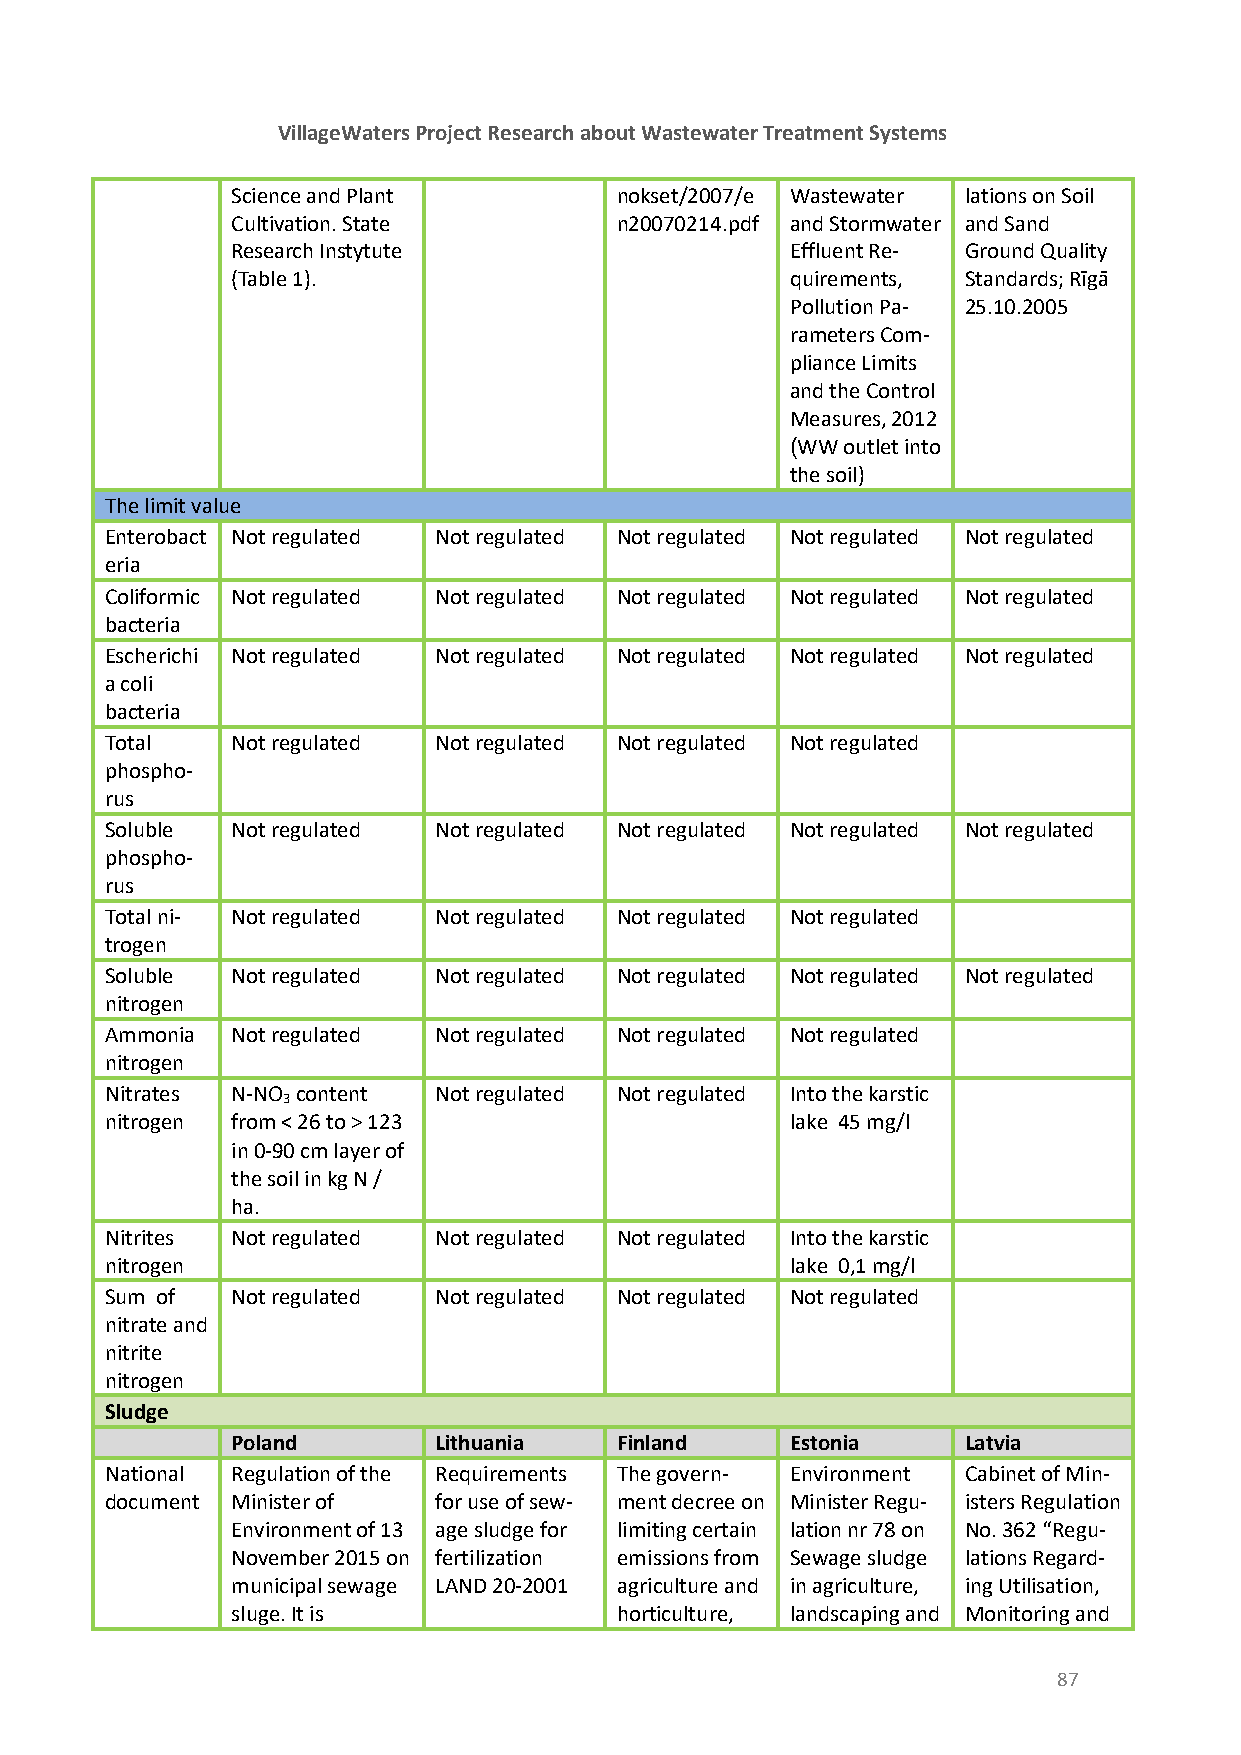
VillageWaters Project Research about Wastewater Treatment Systems
 Science and Plant         nokset/2007/e Wastewater lations on Soil
 Cultivation. State        n20070214.pdf and Stormwater and Sand
 Research Instytute                   Effluent Re- Ground Quality
 (Table 1).                           quirements, Standards; Rīgā
 Pollution Pa- 25.10.2005
 rameters Com-
 pliance Limits
 and the Control
 Measures, 2012
 (WW outlet into
 the soil)
 The limit value
 Enterobact Not regulated Not regulated Not regulated Not regulated Not regulated
 eria
 Coliformic Not regulated Not regulated Not regulated Not regulated Not regulated
 bacteria
 Escherichi Not regulated Not regulated Not regulated Not regulated Not regulated
 a coli
 bacteria
 Total   Not regulated Not regulated Not regulated Not regulated
 phospho-
 rus
 Soluble Not regulated Not regulated Not regulated Not regulated Not regulated
 phospho-
 rus
 Total ni- Not regulated Not regulated Not regulated Not regulated
 trogen
 Soluble Not regulated Not regulated Not regulated Not regulated Not regulated
 nitrogen
 Ammonia Not regulated Not regulated Not regulated Not regulated
 nitrogen
 Nitrates N-NO content Not regulated Not regulated Into the karstic
 3
 nitrogen from < 26 to > 123                  lake 45 mg/l
 in 0-90 cm layer of
 the soil in kg N /
 ha.
 Nitrites Not regulated Not regulated Not regulated Into the karstic
 nitrogen                                     lake 0,1 mg/l
 Sum of  Not regulated Not regulated Not regulated Not regulated
 nitrate and
 nitrite
 nitrogen
 Sludge
 Poland        Lithuania   Finland    Estonia     Latvia
 National Regulation of the Requirements The govern- Environment Cabinet of Min-
 document Minister of  for use of sew- ment decree on Minister Regu- isters Regulation
 Environment of 13 age sludge for limiting certain lation nr 78 on No. 362 “Regu-
 November 2015 on fertilization emissions from Sewage sludge lations Regard-
 municipal sewage LAND 20-2001 agriculture and in agriculture, ing Utilisation,
 sluge. It is              horticulture, landscaping and Monitoring and
 87